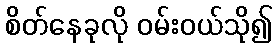
စိတ်နေခုလို ဝမ်းဝယ်သို၍